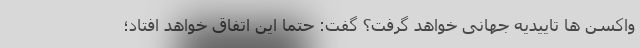
واکسن ها تاییدیه جهانی خواهد گرفت؟ گفت: حتما این اتفاق خواهد افتاد؛